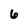
Character: 6